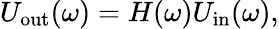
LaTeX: U_{\mathrm{out}}(\omega)=H(\omega)U_{\mathrm{in}}(\omega),